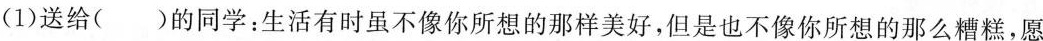
(1)送给( )的同学：生活有时虽不像你所想的那样美好，但是也不像你所想的那么糟糕，愿